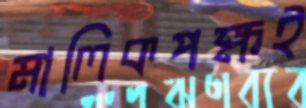
মালিকপক্ষই